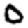
Digit: 0